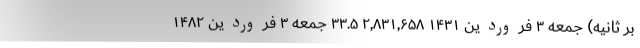
بر ثانیه) جمعه ۳ فروردین ۱۴۳۱ ۲,۸۳۱,۶۵۸ ۳۳.۵ جمعه ۳ فروردین ۱۴۸۲